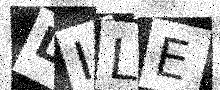
Text: LILE